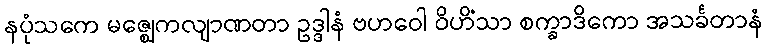
နပုံသကေ မဇ္ဈေကလျာဏတာ ဥဒ္ဒါနံ ဗဟဝေါ ဝိဟိံသာ စက္ခာဒိကော အသင်္ခတာနံ